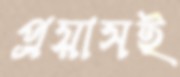
প্রয়াসই